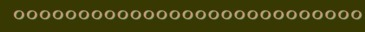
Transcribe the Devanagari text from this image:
०००००००००००००००००००००००००००